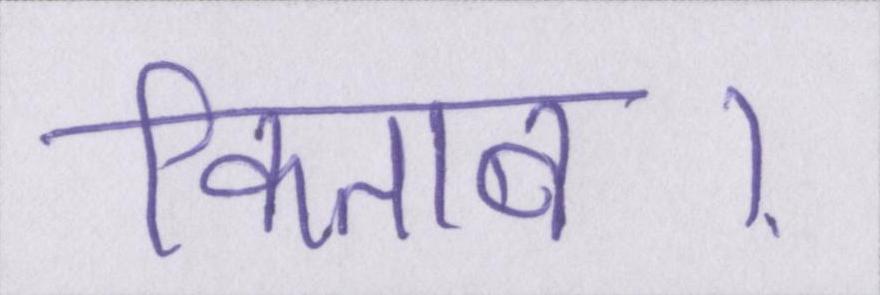
किताब।